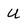
Character: U